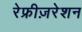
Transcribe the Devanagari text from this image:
रेफ्रीज़रेशन